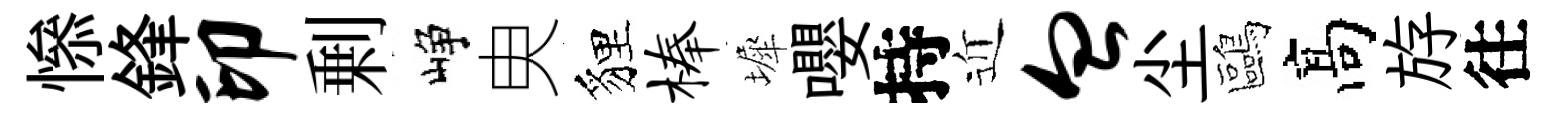
𢡖鋒印剰峥㬰貍榛墀嚶持近血尘鷗髙斿往